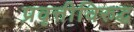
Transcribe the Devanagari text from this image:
प्रवृत्तीविरुद्ध